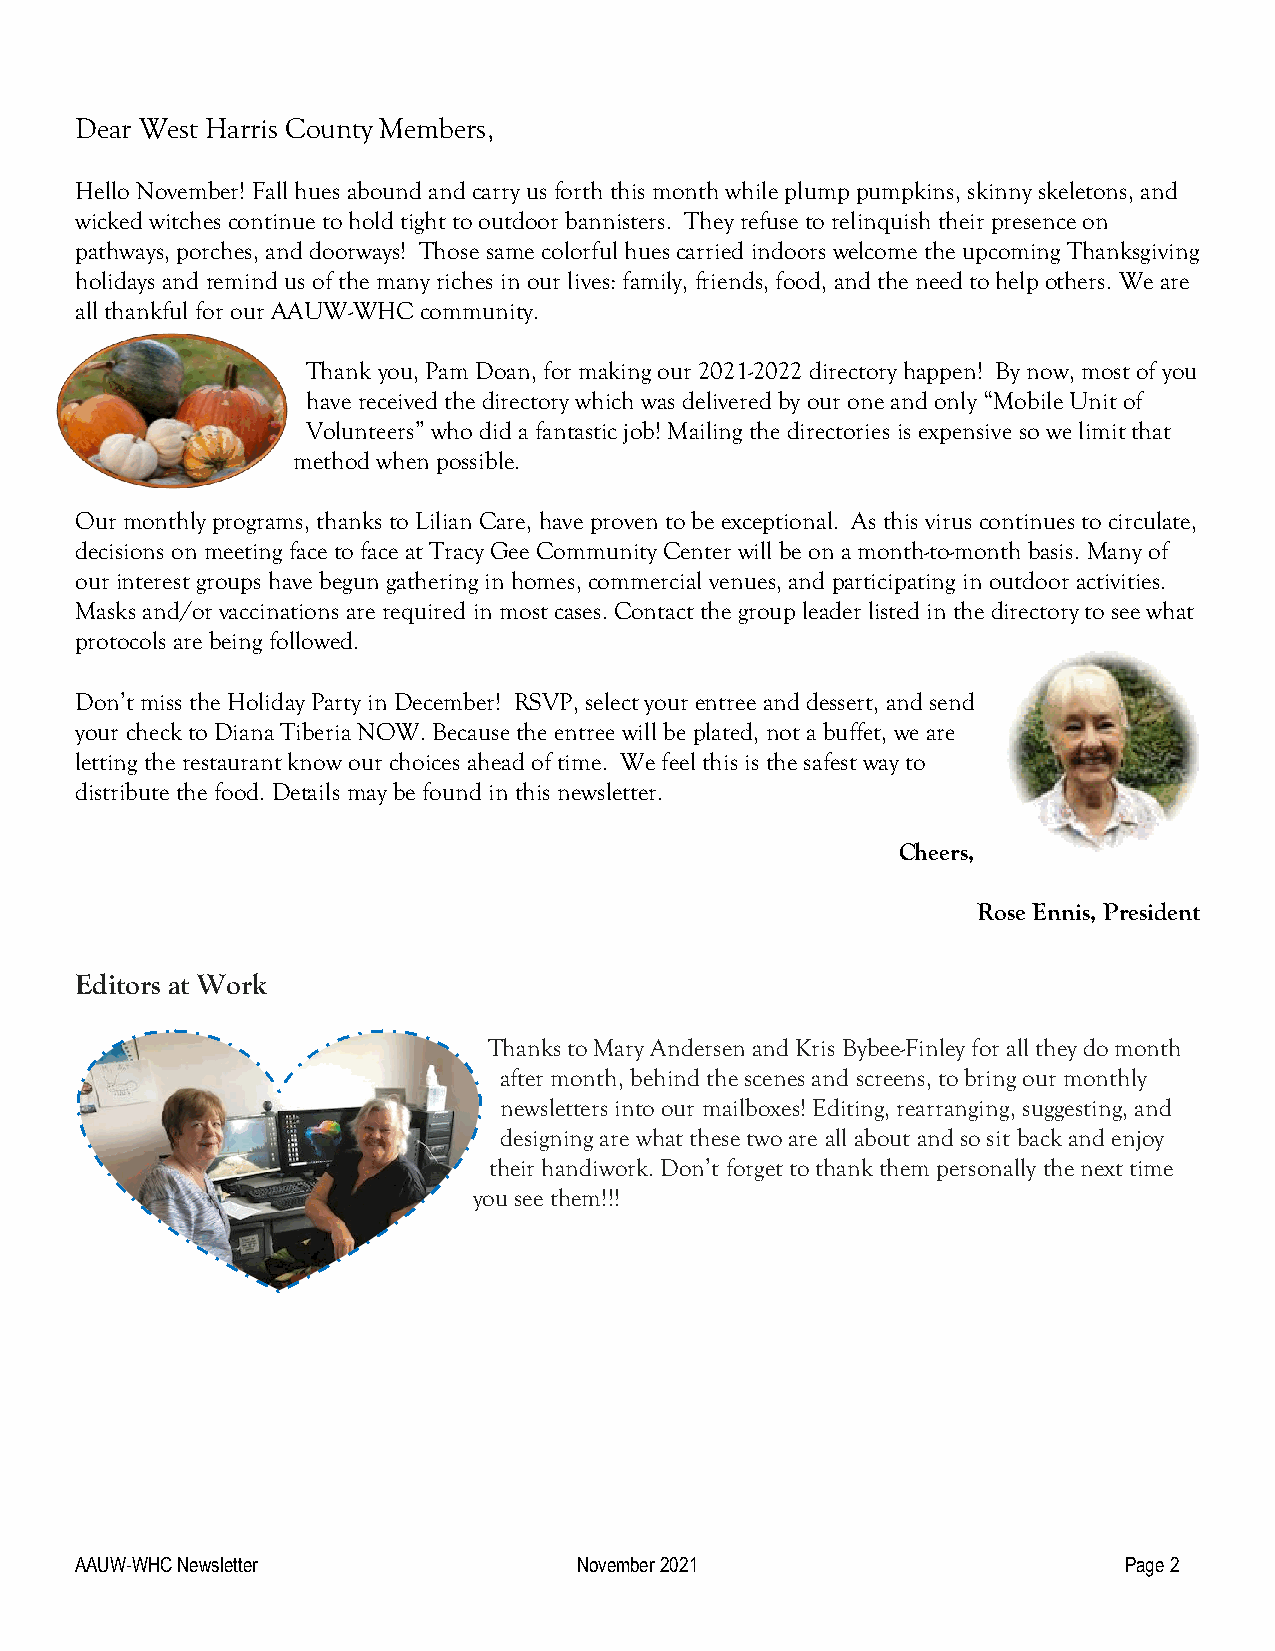
Dear West Harris County Members,
 Hello November! Fall hues abound and carry us forth this month while plump pumpkins, skinny skeletons, and
 wicked witches continue to hold tight to outdoor bannisters. They refuse to relinquish their presence on
 pathways, porches, and doorways! Those same colorful hues carried indoors welcome the upcoming Thanksgiving
 holidays and remind us of the many riches in our lives: family, friends, food, and the need to help others. We are
 all thankful for our AAUW-WHC community.
 Thank you, Pam Doan, for making our 2021-2022 directory happen! By now, most of you
 have received the directory which was delivered by our one and only “Mobile Unit of
 Volunteers” who did a fantastic job! Mailing the directories is expensive so we limit that
 method when possible.
 Our monthly programs, thanks to Lilian Care, have proven to be exceptional. As this virus continues to circulate,
 decisions on meeting face to face at Tracy Gee Community Center will be on a month-to-month basis. Many of
 our interest groups have begun gathering in homes, commercial venues, and participating in outdoor activities.
 Masks and/or vaccinations are required in most cases. Contact the group leader listed in the directory to see what
 protocols are being followed.
 Don’t miss the Holiday Party in December! RSVP, select your entree and dessert, and send
 your check to Diana Tiberia NOW. Because the entree will be plated, not a buffet, we are
 letting the restaurant know our choices ahead of time. We feel this is the safest way to
 distribute the food. Details may be found in this newsletter.
 Cheers,
 Rose Ennis, President
 Editors at Work
 Thanks to Mary Andersen and Kris Bybee-Finley for all they do month
 after month, behind the scenes and screens, to bring our monthly
 newsletters into our mailboxes! Editing, rearranging, suggesting, and
 designing are what these two are all about and so sit back and enjoy
 their handiwork. Don’t forget to thank them personally the next time
 you see them!!!
 AAUW-WHC Newsletter              November 2021                       Page 2